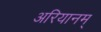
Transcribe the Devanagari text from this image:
अरियानम्